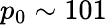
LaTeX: p_{0}\sim 101